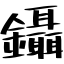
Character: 鑷